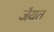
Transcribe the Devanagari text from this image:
जैयत